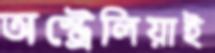
অস্ট্রেলিয়াই